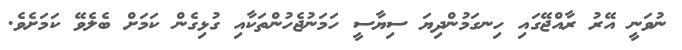
ނުވަނީ އޭރު ރާއްޖޭގައި ހިނގަމުންދިޔަ ސިޔާސީ ހަމަނުޖެހުންތަކާއި ގުޅިގެން ކަމަށް ބެލެވޭ ކަމަށެވެ.